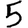
Digit: 5